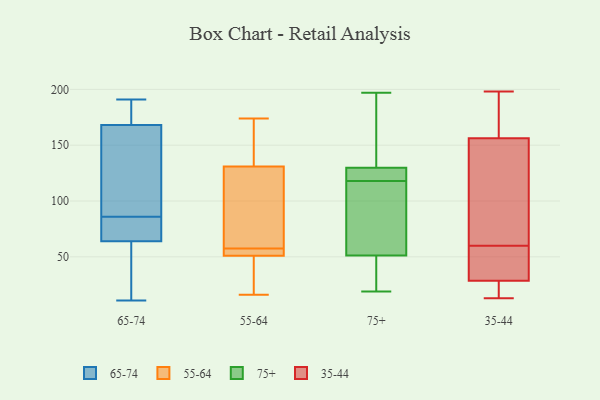
{"axis": {"x": "Energy Usage (MWh)", "y": "Value"}, "legend": ["35-44", "55-64", "65-74", "75+"], "data": [{"x": "", "y": 83, "type": "65-74"}, {"x": "", "y": 105, "type": "65-74"}, {"x": "", "y": 59, "type": "65-74"}, {"x": "", "y": 171, "type": "65-74"}, {"x": "", "y": 79, "type": "65-74"}, {"x": "", "y": 86, "type": "65-74"}, {"x": "", "y": 191, "type": "65-74"}, {"x": "", "y": 168, "type": "65-74"}, {"x": "", "y": 11, "type": "65-74"}, {"x": "", "y": 168, "type": "65-74"}, {"x": "", "y": 22, "type": "65-74"}, {"x": "", "y": 51, "type": "55-64"}, {"x": "", "y": 122, "type": "55-64"}, {"x": "", "y": 131, "type": "55-64"}, {"x": "", "y": 59, "type": "55-64"}, {"x": "", "y": 54, "type": "55-64"}, {"x": "", "y": 52, "type": "55-64"}, {"x": "", "y": 26, "type": "55-64"}, {"x": "", "y": 171, "type": "55-64"}, {"x": "", "y": 16, "type": "55-64"}, {"x": "", "y": 107, "type": "55-64"}, {"x": "", "y": 174, "type": "55-64"}, {"x": "", "y": 33, "type": "55-64"}, {"x": "", "y": 167, "type": "55-64"}, {"x": "", "y": 56, "type": "55-64"}, {"x": "", "y": 194, "type": "75+"}, {"x": "", "y": 119, "type": "75+"}, {"x": "", "y": 37, "type": "75+"}, {"x": "", "y": 197, "type": "75+"}, {"x": "", "y": 98, "type": "75+"}, {"x": "", "y": 22, "type": "75+"}, {"x": "", "y": 118, "type": "75+"}, {"x": "", "y": 19, "type": "75+"}, {"x": "", "y": 129, "type": "75+"}, {"x": "", "y": 145, "type": "75+"}, {"x": "", "y": 48, "type": "75+"}, {"x": "", "y": 122, "type": "75+"}, {"x": "", "y": 168, "type": "75+"}, {"x": "", "y": 74, "type": "75+"}, {"x": "", "y": 61, "type": "75+"}, {"x": "", "y": 121, "type": "75+"}, {"x": "", "y": 44, "type": "75+"}, {"x": "", "y": 96, "type": "75+"}, {"x": "", "y": 130, "type": "75+"}, {"x": "", "y": 160, "type": "35-44"}, {"x": "", "y": 198, "type": "35-44"}, {"x": "", "y": 161, "type": "35-44"}, {"x": "", "y": 60, "type": "35-44"}, {"x": "", "y": 60, "type": "35-44"}, {"x": "", "y": 30, "type": "35-44"}, {"x": "", "y": 29, "type": "35-44"}, {"x": "", "y": 161, "type": "35-44"}, {"x": "", "y": 13, "type": "35-44"}, {"x": "", "y": 24, "type": "35-44"}, {"x": "", "y": 144, "type": "35-44"}, {"x": "", "y": 27, "type": "35-44"}, {"x": "", "y": 155, "type": "35-44"}, {"x": "", "y": 81, "type": "35-44"}, {"x": "", "y": 51, "type": "35-44"}, {"x": "", "y": 63, "type": "35-44"}, {"x": "", "y": 14, "type": "35-44"}]}